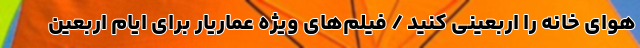
هوای خانه را اربعینی کنید / فیلم‌های ویژه عماریار برای ایام اربعین